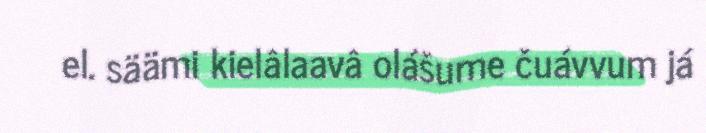
el. säämi kielâlaavâ olášume čuávvum já